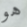
هو